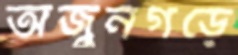
অর্জুনগড়ে